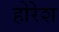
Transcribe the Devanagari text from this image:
होरेश